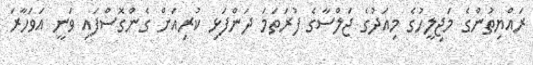
ރައްޔިތުންގެ މަޖިލީހުގެ މިއަދުގެ ޖަލްސާގެ ފުރަތަމަ ދަންފަޅި ކުރިއަށް ގެންގޮސްފައި ވަނީ އަވަހާރަ